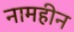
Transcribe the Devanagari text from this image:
नामहीन